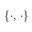
\ \{ \cdot , \, \cdot \}